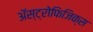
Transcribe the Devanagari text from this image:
अॅस्ट्रोफिजिक्स